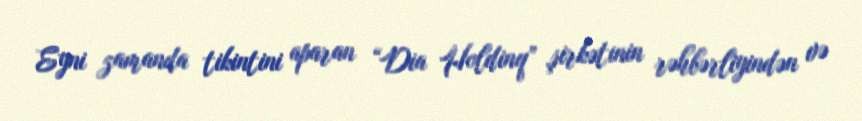
Eyni zamanda tikintini aparan “Dia Holdinq” şirkətinin rəhbərliyindən və